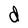
Character: d